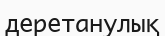
деретанулық